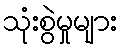
သုံးစွဲမှုများ